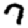
Digit: 7